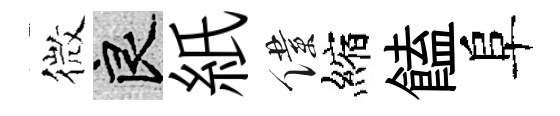
微良紙僕縮饁阜